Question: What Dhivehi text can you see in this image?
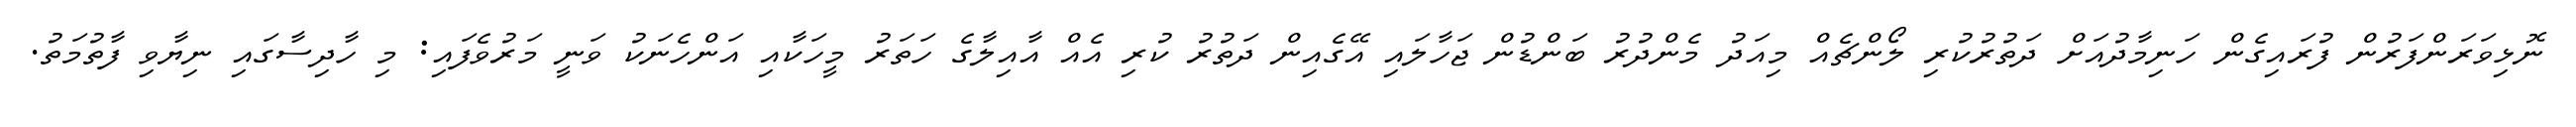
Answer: ނޮޅިވަރަންފަރުން ފުރައިގެން ހަނިމާދުއަށް ދަތުރުކުރި ލޯންޗެއް މިއަދު މެންދުރު ބަންޑުން ޖަހާލައި އޭގެއިން ދަތުރު ކުރި އެއް އާއިލާގެ ހަތަރު މީހަކާއި އަންހެނަކު ވަނީ މަރުވެފައި: މި ހާދިސާގައި ނިޔާވި ފާތުމަތު.